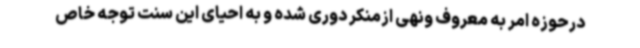
درحوزه امر به معروف ونهی ازمنکر دوری شده و به احیای این سنت توجه خاص